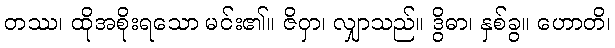
တဿ၊ ထိုအစိုးရသော မင်း၏။ ဇိဝှာ၊ လျှာသည်။ ဒွိဓာ၊ နှစ်ခွ။ ဟောတိ၊